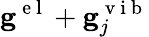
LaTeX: \mathbf{g}^{\mathrm{~e~l~}}+\mathbf{g}_{j}^{\mathrm{~v~i~b~}}